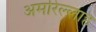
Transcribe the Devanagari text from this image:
अमरिल्लाह